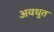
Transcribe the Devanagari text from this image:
अवधुत